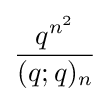
{\frac {q^{n^{2}}}{(q;q)_{n}}}